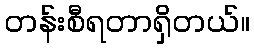
တန်းစီရတာရှိတယ်။